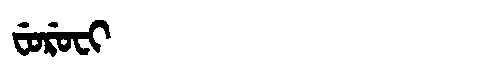
Manchu: ᠸᡠᡵᡠᠸᡳ
Romanization: FURUFI